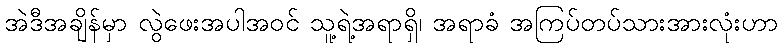
အဲဒီအချိန်မှာ လွဲဖေးအပါအဝင် သူ့ရဲ့အရာရှိ၊ အရာခံ အကြပ်တပ်သားအားလုံးဟာ